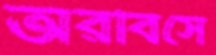
অরবিসে